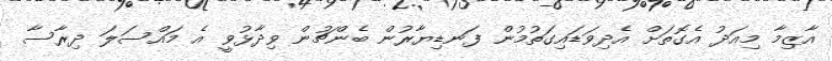
އާޒިމާ މިއަދު އެގޮތަށް އެދިވަޑައިގަތުމުން ފަނޑިޔާރުން ބެންޗުން ވިދާޅުވީ އެ މައްސަލަ ދިރާސާ